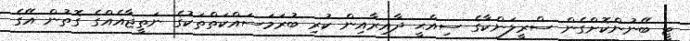
ޓީ ބޭނުންކޮށްގެން ސްރީލަންކާގެ ސިއްޙީ ދާއިރާއިން ކުރި ބުރަމަސައްކަތްތަކުގެ ނަތީޖާއެއްގެ ގޮތުން އޭގެ